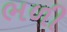
ભળી